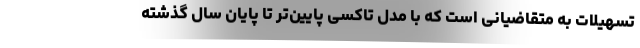
تسهیلات به متقاضیانی است که با مدل تاکسی پایین‌تر تا پایان سال گذشته